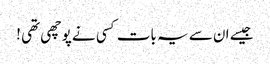
جیسے ان سے یہ بات کسی نے پوچھی تھی !